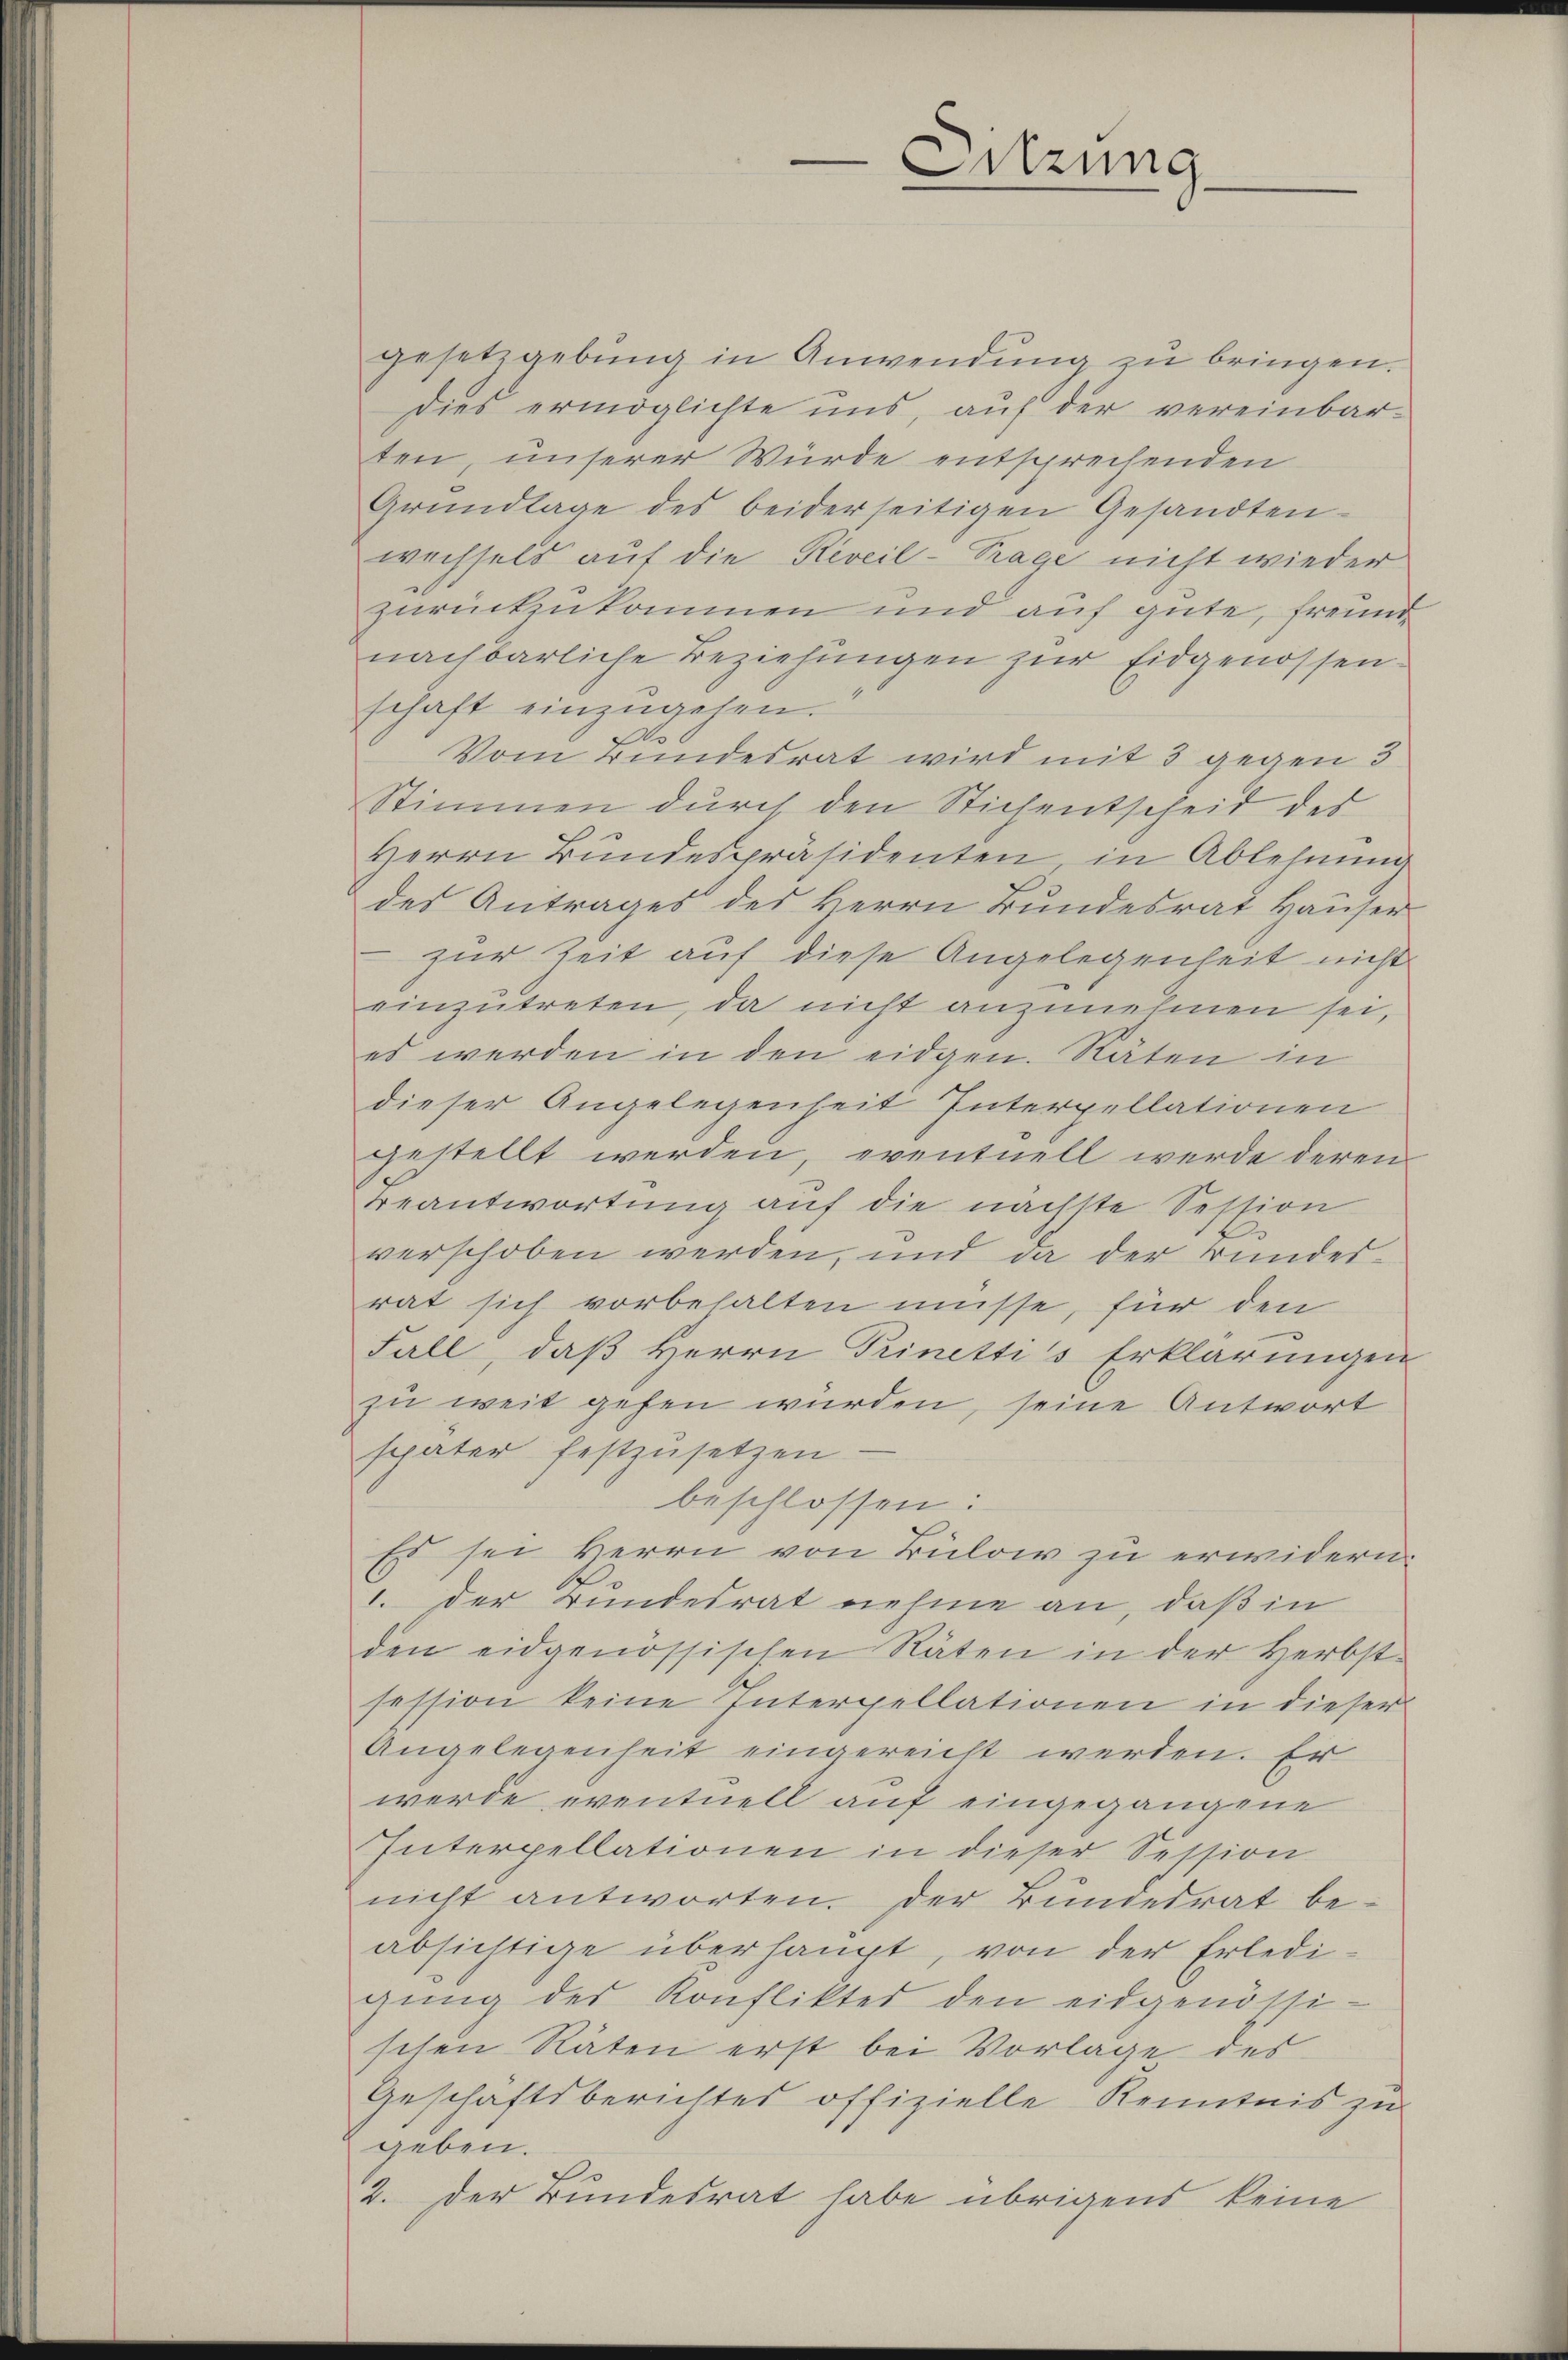
Sitzung

gesetzgebung in Anwendung zu bringen.
Dies ermöglichte uns, auf der vereinbarten, unserer Würde entsprechenden
Grundlage des beiderseitigen Gesandten-
wechsels auf die Reveil- Trage nicht wieder
zurückzukommen und auf gute, freund
nachbarliche Beziehungen zur Eidgenossenschaft einzugehen.
Vom Bundesrat wird mit 3 gegen 5
Stimmen durch den Stichentscheid des
Herrn Bundespräsidenten in Ablehnung
des Antrages des Herrn Bundesrat Häuser
 zur Zeit auf diese Angelegenheit nicht
einzutreten, da nicht anzunehmen sei,
es werden in den eidgen. Räten in
dieser Angelegenheit Interpellationen
gestellt werden, eventuell werde deren
Beantwortung auf die nächste Session
verschoben werden, und da der Bundesrat sich vorbehalten müsse, für den
Fall, daß Herrn Prinettis Erklärungen
zu weit gehen würden, seine Antwort
später festzŭsetzen
beschlossen:
Es sei Herrn von Büloir zu erwidern.
1. der Bundesrat nehme an, daß in
den eidgenössischen Räten in der Herbst-
session keine Interpellationen in dieser
Angelegenheit eingereicht werden. Er
werde eventuell auf eingegangene
Interpellationen in dieser Session
nicht antworten. Der Bundesrat beabsichtige überhaupt, von der Erledigung des Konfliktes den eidgenössi-
schen Räten erst bei Vorlage des
Geschäftsberichtes offizielle Kenntnis zu
geben.
2. Der Bundesrat habe übrigens keine